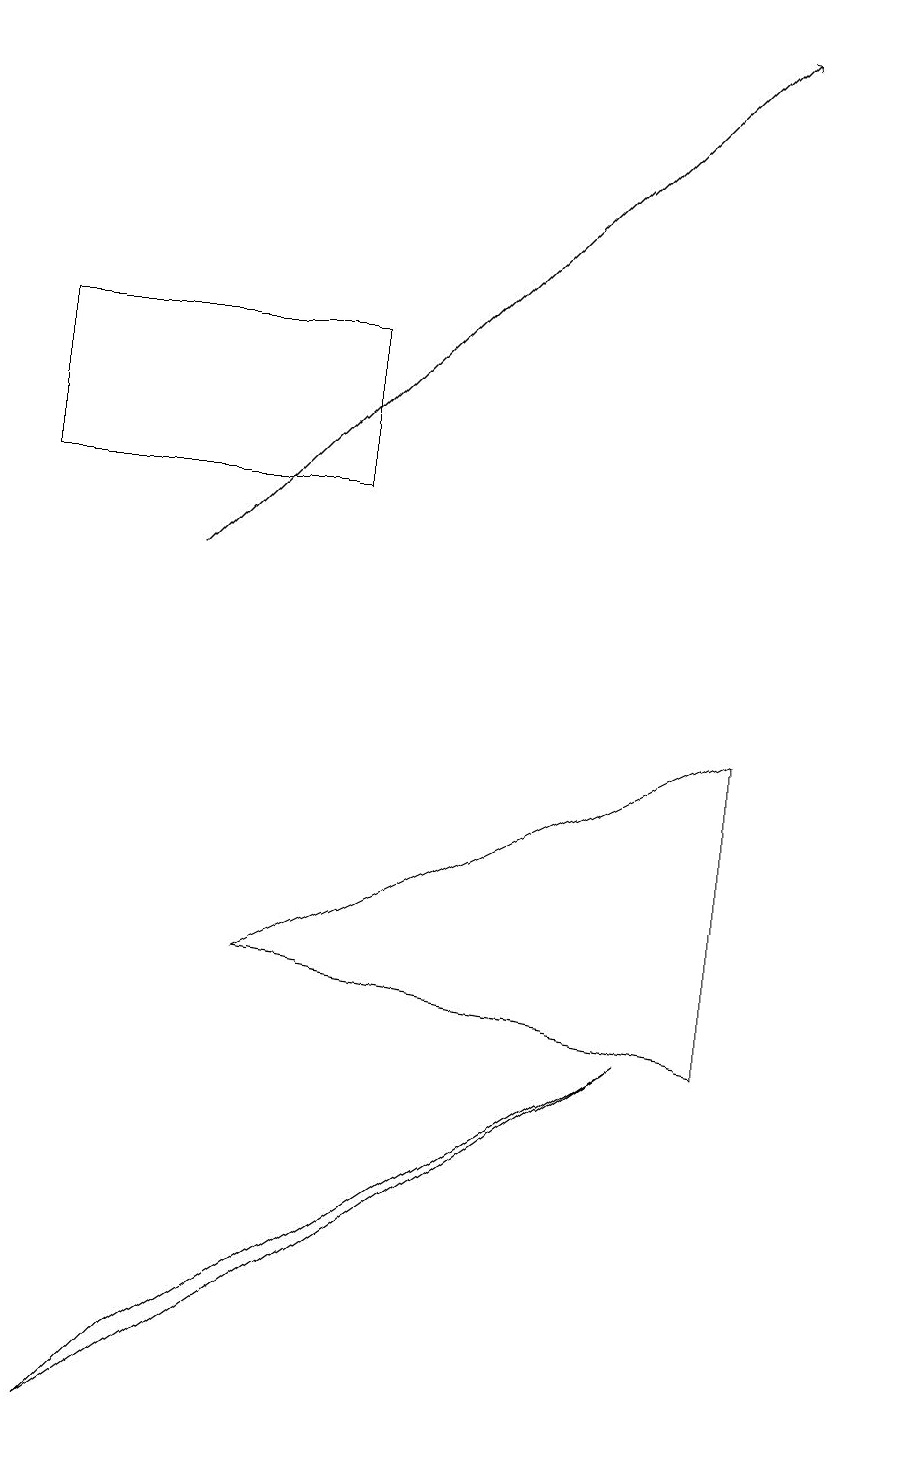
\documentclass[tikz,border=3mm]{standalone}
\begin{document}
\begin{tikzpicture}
\draw (11,12) circle (0);
\draw (0,12) rectangle (4,14);
\draw (3,6) -- (9,9) -- (9,5) -- cycle;
\draw[->] (2,11) -- (9,18);
\draw (2,1) -- (1,0) -- (8,5) -- cycle;
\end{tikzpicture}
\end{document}